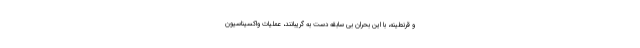
و قرنطینه، با این بحران بی سابقه دست به گریبانند، عملیات واکسیناسیون